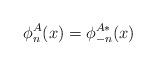
LaTeX: \begin{align*}\phi^A_n(x)=\phi^{A\ast}_{-n}(x)\end{align*}